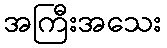
အကြီးအသေး